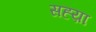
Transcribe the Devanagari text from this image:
सह्य़ा